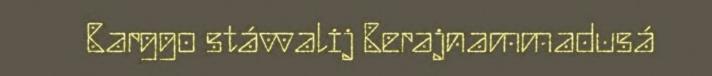
Barggo stávvalij Berajnammadusá